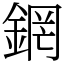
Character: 龬